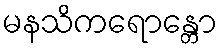
မနသိကရောန္တော